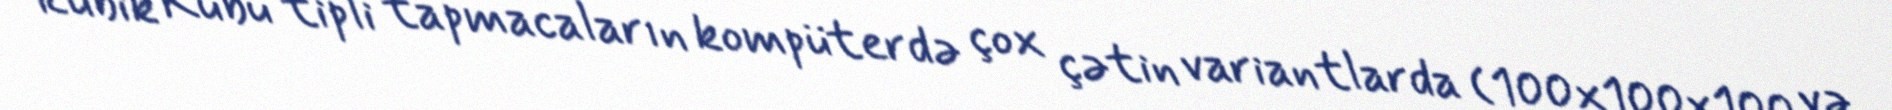
Rubik Kubu tipli tapmacaların kompüterdə çox çətin variantlarda (100x100x100 və